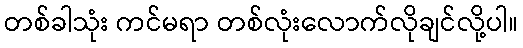
တစ်ခါသုံး ကင်မရာ တစ်လုံးလောက်လိုချင်လို့ပါ။